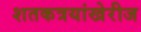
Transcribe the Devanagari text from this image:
शतकत्रयांखेरीज